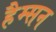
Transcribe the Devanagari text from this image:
हैम्सन